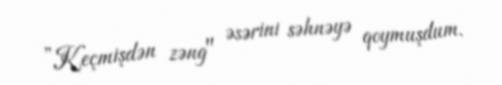
”Keçmişdən zəng" əsərini səhnəyə qoymuşdum.